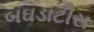
બઘડાટીસ